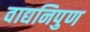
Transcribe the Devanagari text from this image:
वाद्यनिपुण